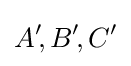
A'\!,B'\!,C'